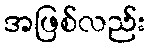
အဖြစ်လည်း